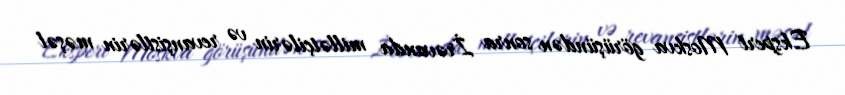
Ekspert Moskva görüşündən sonra İrəvanda millətçilərin və revanşistlərin məşəl